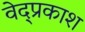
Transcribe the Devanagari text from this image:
वेद्प्रकाश